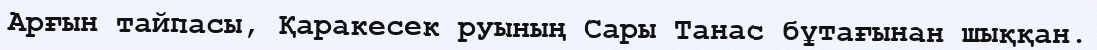
Арғын тайпасы, Қаракесек руының Сары Танас бұтағынан шыққан.